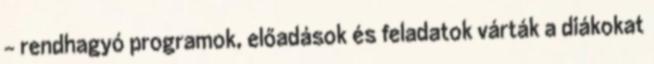
– rendhagyó programok, előadások és feladatok várták a diákokat